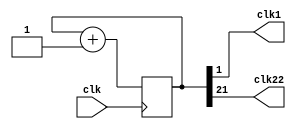
module clock_divider(clk1, clk, clk22);
input clk;
output clk1;
output clk22;
reg [21:0] num;
wire [21:0] next_num;

always @(posedge clk) begin
  num <= next_num;
end

assign next_num = num + 1'b1;
assign clk1 = num[1];
assign clk22 = num[21];
endmodule